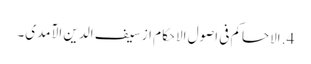
4. الاحاکم فی اصول الاحکام از سیف الدین الآمدی۔